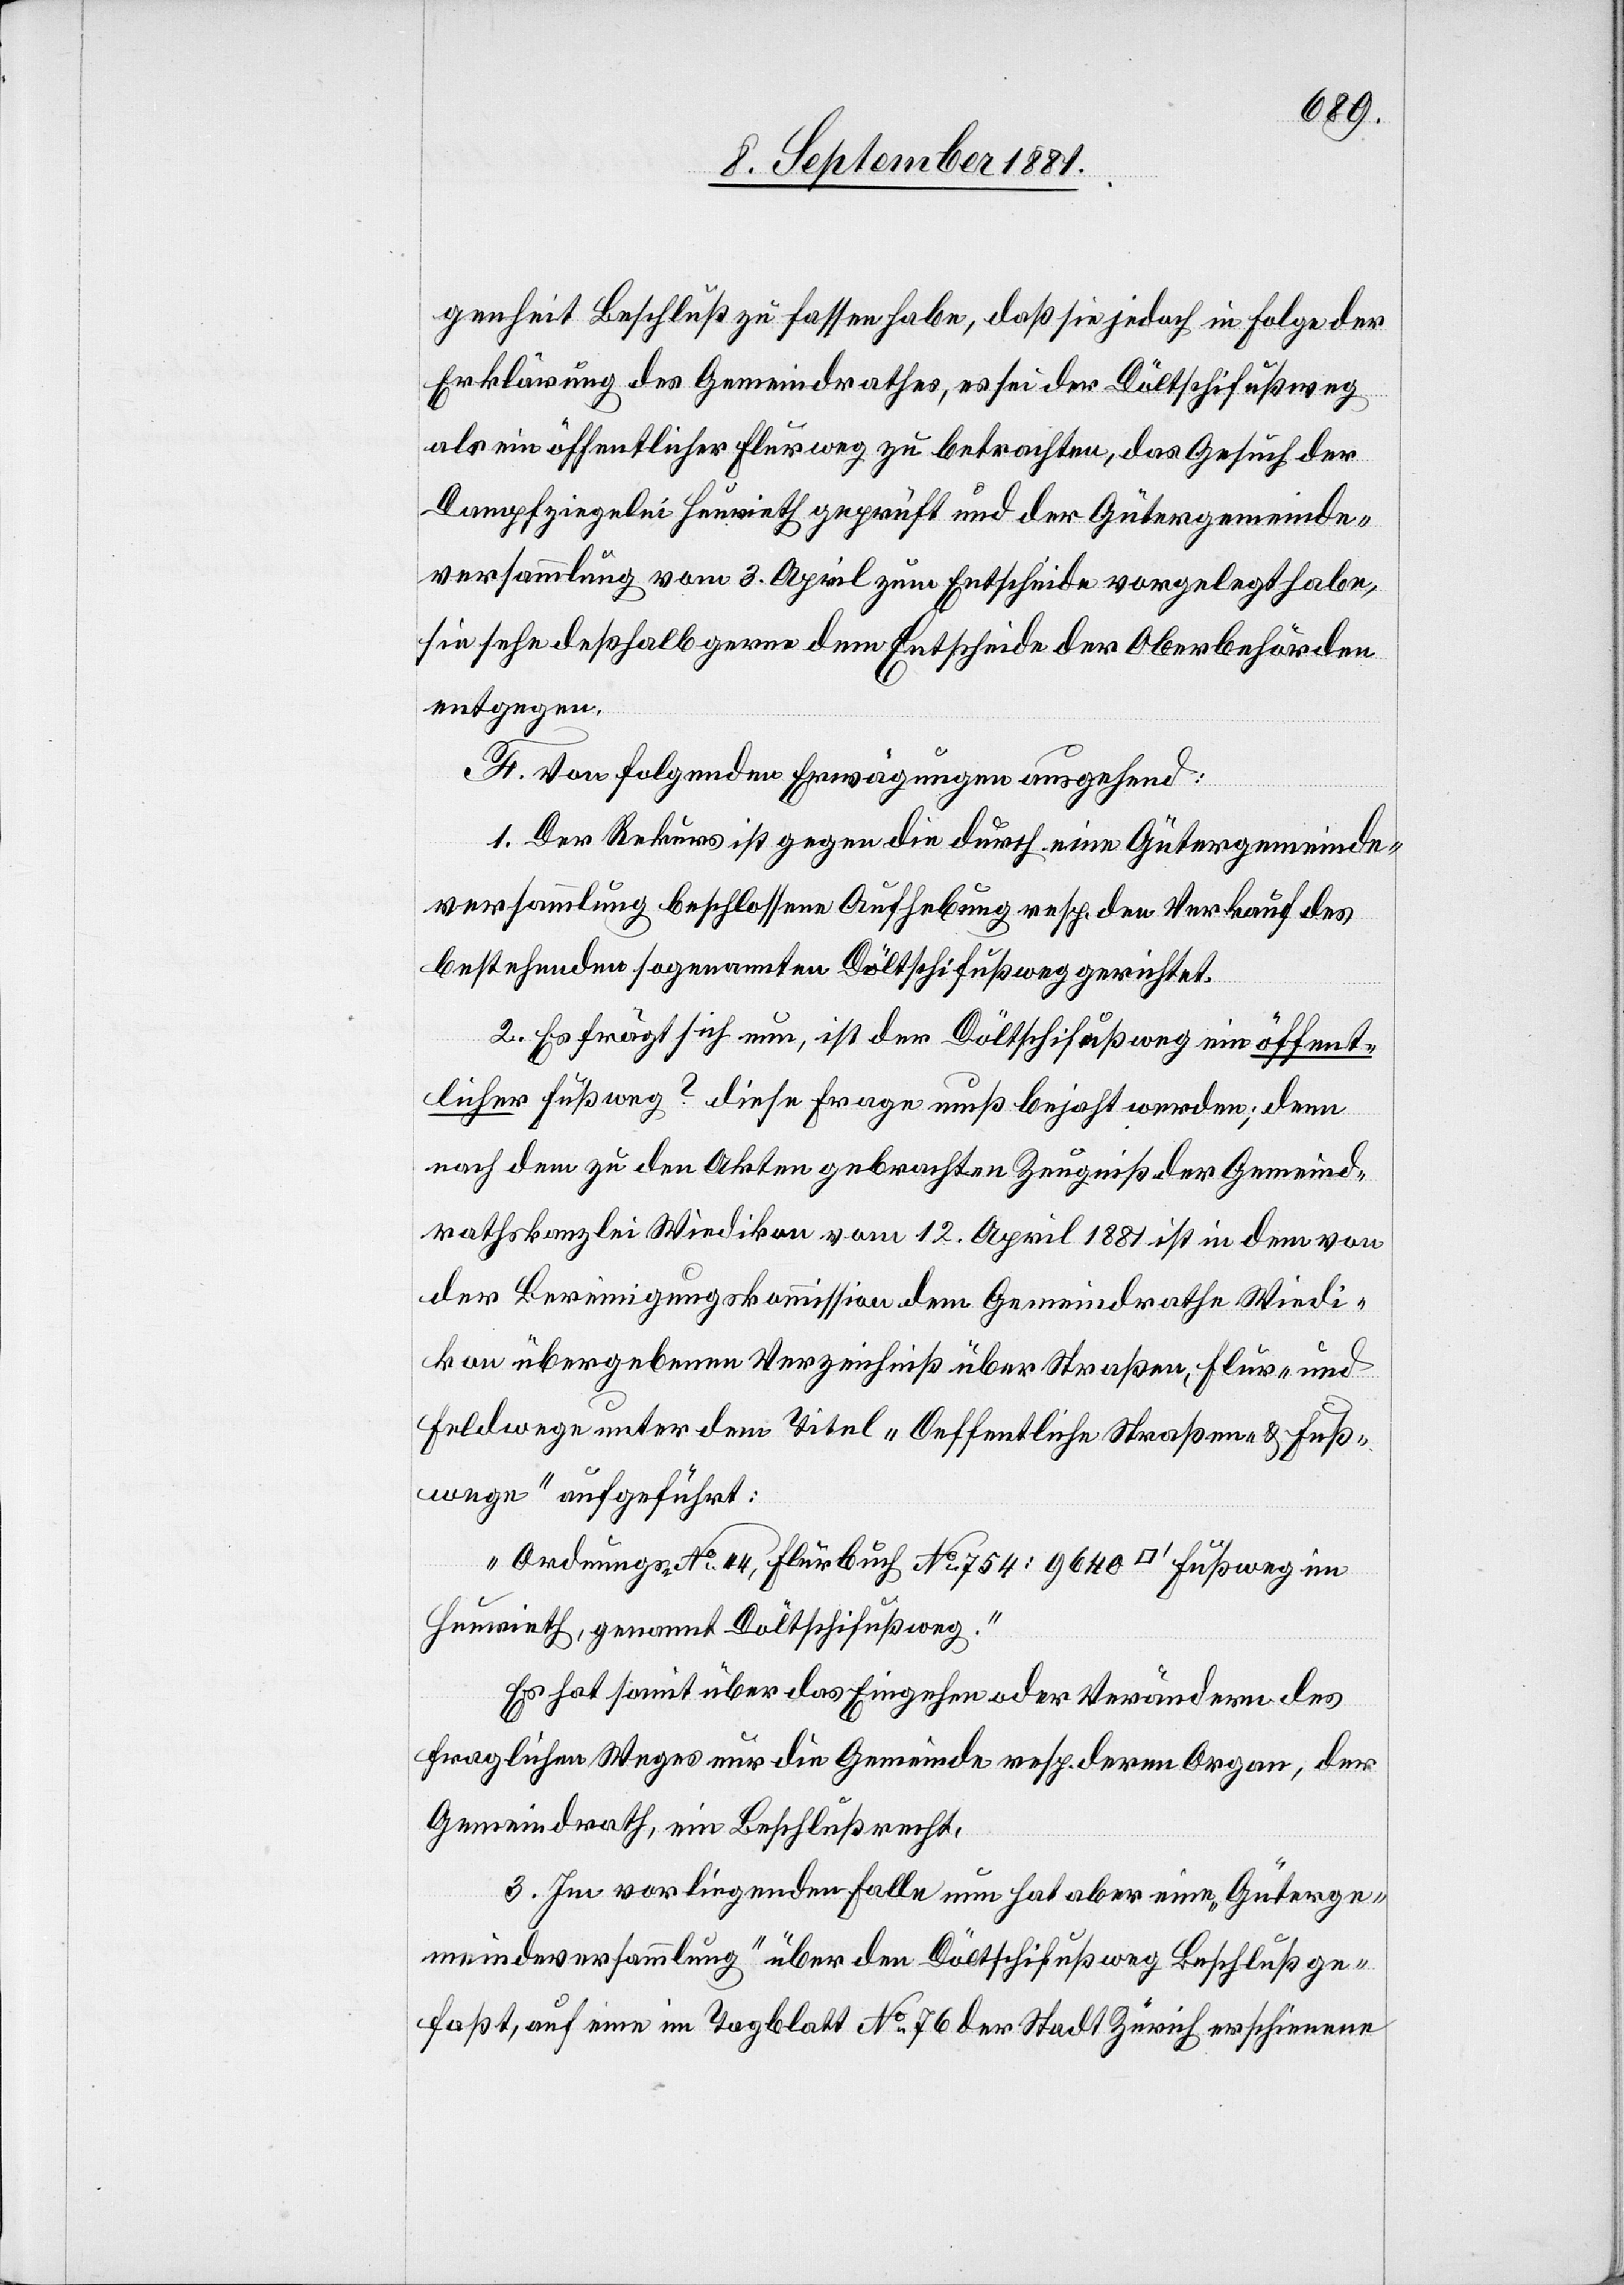
genheit Beschluß zu fassen habe, daß sie jedoch in Folge der
Erklärung des Gemeindrathes, es sei der Döltschifußweg
als ein öffentlicher Flurweg zu betrachten, das Gesuch der
Dampfziegelei Heurieth geprüft und der Gütergemeinde¬
versammlung vom 3. April zum Entscheide vorgelegt habe,
sie sehe deßhalb gerne dem Entscheide der Oberbehörden
entgegen.
F. Von folgenden Erwägungen ausgehend:
1. Der Rekurs ist gegen die durch eine Gütergemeinde¬
versammlung beschlossen Aufhebung resp. den Verkauf des
bestehenden sogenannten Döltschifußweg gerichtet.
2. Es frägt sich nun, ist der Döltschifußweg ein öffent¬
licher Fußweg? diese [sic!] Frage muß bejaht werden; denn
nach dem zu den Akten gebrachten Zeugniß der Gemeind¬
rathskanzlei Wiedikon vom 12. April 1881 ist in dem von
der Bereinigungskommission dem Gemeindrathe Wiedi¬
kon übergebenen Verzeichniß über Straßen, Flur- und
Feldwege unter dem Titel „Oeffentliche Straßen- & Fuß¬
wege“ aufgeführt:
„Ordnungs-No 44, Flurbuch No 754: 9640 [Quadratfuss]
Heurieth, genannt Döltschifußweg.“
Es hat somit über das Eingehen oder Verändern des
fraglichen Weges nur die Gemeinde resp. deren Organ, der
Gemeindrath. ein Beschlußrecht.
3. Im vorliegenden Falle nun hat aber eine „Güterge¬
meindeversammlung“ über den Döltschifußweg Beschluß ge¬
faßt, auf eine im Tagblatt No 76 der Stadt Zürich erschienenen